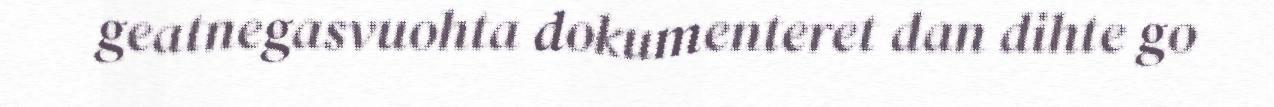
geatnegasvuohta dokumenteret dan dihte go